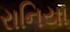
રાનિયા